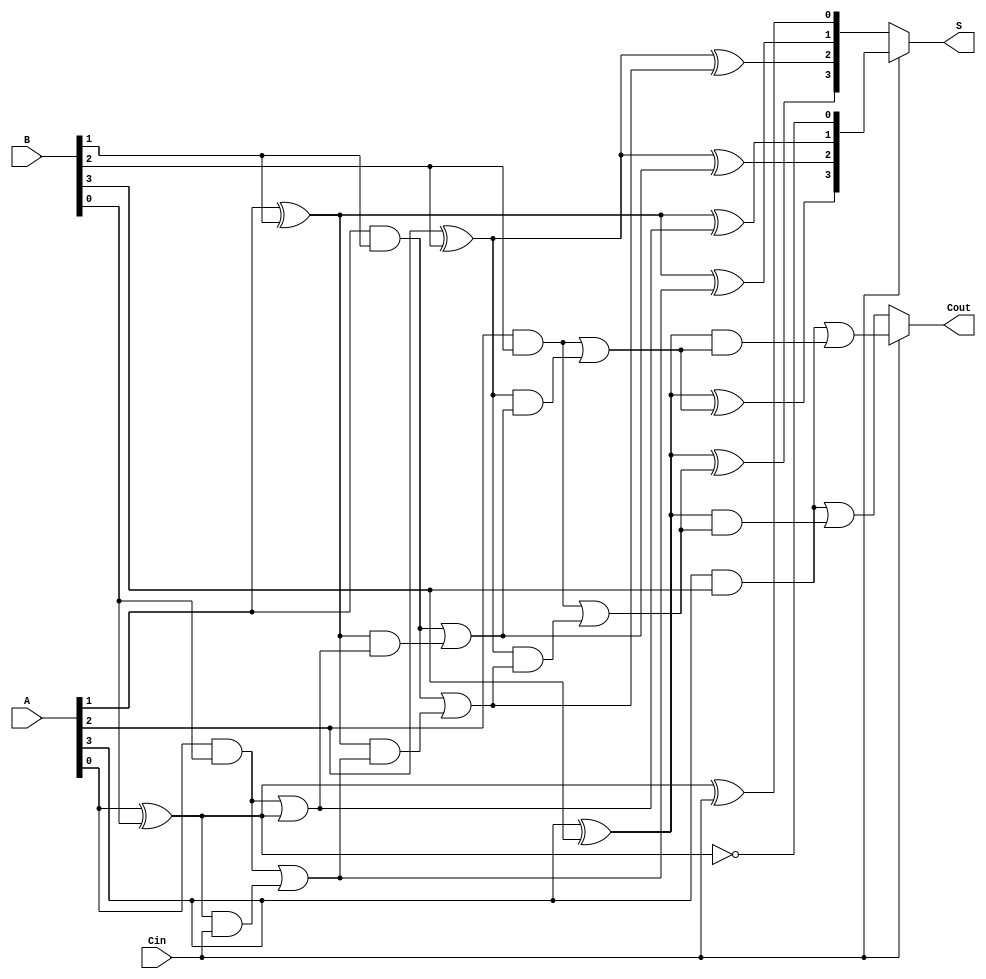
module ConditionalSumAdder #(parameter N = 4) (
    input  wire [N-1:0] A,      // First n-bit input
    input  wire [N-1:0] B,      // Second n-bit input
    input  wire Cin,             // Carry-in
    output wire [N-1:0] S,       // n-bit sum output
    output wire Cout             // Carry-out
);

    wire [N-1:0] S0;             // Sum when Cin = 0
    wire [N-1:0] S1;             // Sum when Cin = 1
    wire [N-1:0] C0;             // Carry when Cin = 0
    wire [N-1:0] C1;             // Carry when Cin = 1

    // Generate sums and carries for each bit
    genvar i;
    generate
        for (i = 0; i < N; i = i + 1) begin : CSA_BIT
            // Sum and carry when Cin = 0
            assign S0[i] = A[i] ^ B[i] ^ (i == 0 ? Cin : C0[i-1]);
            assign C0[i] = (A[i] & B[i]) | ((A[i] ^ B[i]) & (i == 0 ? Cin : C0[i-1]));

            // Sum and carry when Cin = 1
            assign S1[i] = A[i] ^ B[i] ^ (i == 0 ? 1'b1 : C1[i-1]);
            assign C1[i] = (A[i] & B[i]) | ((A[i] ^ B[i]) & (i == 0 ? 1'b1 : C1[i-1]));
        end
    endgenerate

    // Select the final sum and carry-out based on Cin
    assign S = Cin ? S1 : S0;
    assign Cout = Cin ? C1[N-1] : C0[N-1];

endmodule